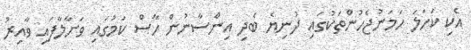
އެކި ކަހަލަ ހަމަނުޖެހުންތަކުގައި ދުނިޔެ ބެދި އިންސާނުން ހާސް ކަމުގައި ވަށާލާފައި ވާއިރު